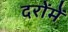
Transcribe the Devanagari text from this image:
दरोंमें